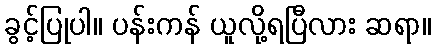
ခွင့်ပြုပါ။ ပန်းကန် ယူလို့ရပြီလား ဆရာ။